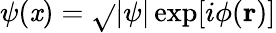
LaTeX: \psi(\mathit{x})=\sqrt{}{{|\psi|}}\exp[i\phi({\mathbf{r}})]